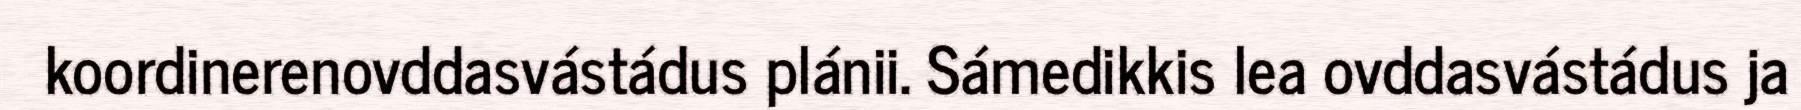
koordinerenovddasvástádus plánii. Sámedikkis lea ovddasvástádus ja